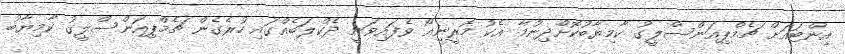
އިންޓައަށް ޗެމްޕިއަންސްލީގު ކާމިޔާބުކޮށްދިނުމާ އެކު މޮރީނިއޯ ވެފައިވަނީ ދެކްލަބެއްގައި ހުރެގެން ޗެމްޕިއަންސްލީގު ކާމިޔާބު